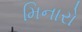
મિનારો